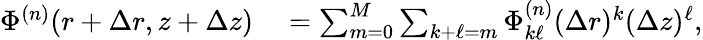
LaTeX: \begin{array}{rl}{\Phi^{(n)}(r+\Delta r,z+\Delta z)}&{{}=\sum_{m=0}^{M}\sum_{k+\ell=m}\Phi_{k\ell}^{(n)}(\Delta r)^{k}(\Delta z)^{\ell},}\end{array}